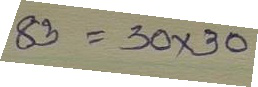
83 = 30 x 30